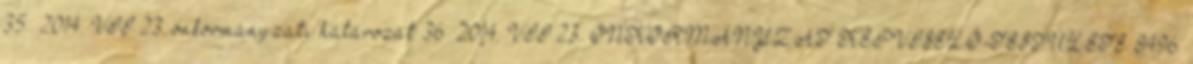
35 2014. VII.23. önkormányzati határozat 36 2014. VII.23. ÖNKORMÁNYZAT KÉPVISELŐ-TESTÜLETE 8496.